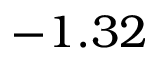
- 1 . 3 2